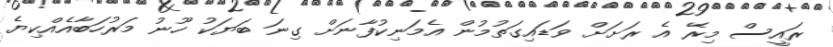
ރައީސް މިރޭ އެ ރަށަށް ވަޑައިގަތުމުން އެމަނިކުފާނަށް ގިނަ ބަޔަކު ހޫނު މަރުހަބާއެއްކިޔެ